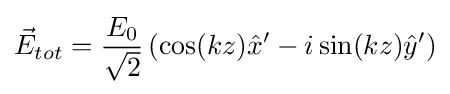
{\vec {E}}_{tot}={\frac {E_{0}}{\sqrt {2}}}\left(\cos(kz){\hat {x}}'-i\sin(kz){\hat {y}}'\right)